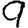
Digit: 9